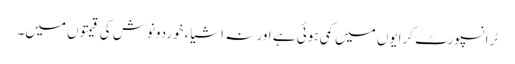
ٹرانسپورٹ کرایوں میں کمی ہوئی ہے اور نہ اشیاء خوردونوش کی قیمتوں میں۔